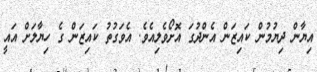
އިޔާން ދިޔުމުން ކައިޒަން އެންދުގަ އޮށޯވެލިއެވެ. އެވަގުތު ކައިޒަން ގެ ހިޔާލަށް އައީ